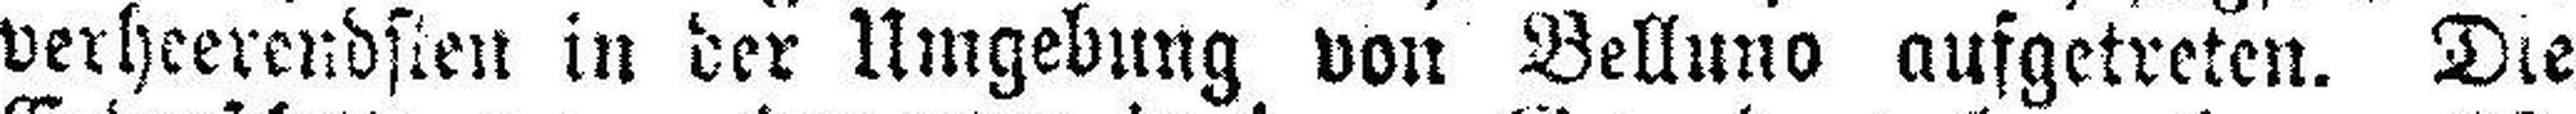
verheerendsten in der Umgebung von Belluno ausgetreten. Die